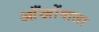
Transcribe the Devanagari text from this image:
आँखोंवाला